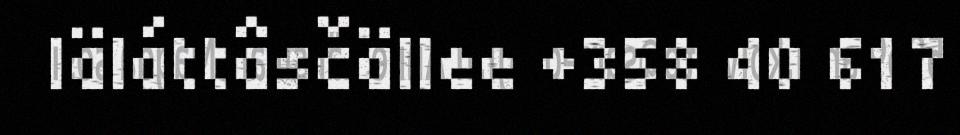
Iäláttâsčällee +358 40 617